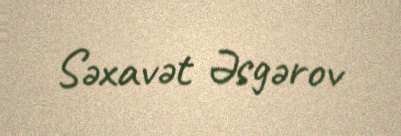
Səxavət Əsgərov